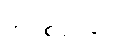
အပစ်ရပ်ရေး